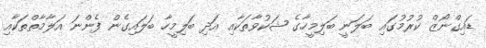
ޑައިގްނޯޒް ކުރުމުގައި ބަލަނީ ބަލިމީހާގެ ޝަކުވާތަކާއި އަދި ބަލިމީހާ ބަލައިގެން ފެންނަ އަލާމާތްތަކާއި